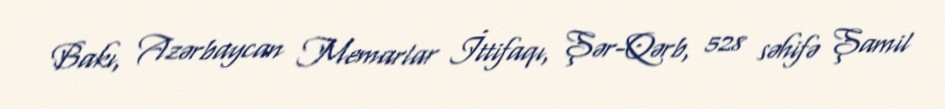
Bakı, Azərbaycan Memarlar İttifaqı, Şər-Qərb, 528 səhifə Şamil